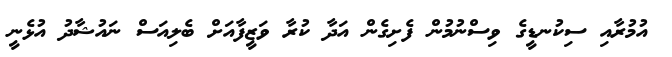
އުމުރާއި ސިކުނޑީގެ ވިސްނުމުން ފެށިގެން އަދާ ކުރާ ވަޒީފާއަށް ބެލިއަސް ނައުޝާދު އުޅެނީ